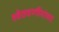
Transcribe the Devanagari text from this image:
श्वेतवर्णीयांच्या